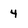
Character: 4